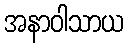
အနာဝါသာယ